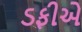
ડફીએ